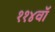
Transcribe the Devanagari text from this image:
११४वॉ